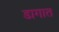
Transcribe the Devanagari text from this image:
डागात